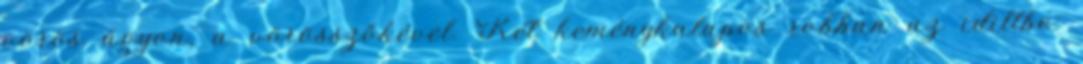
vörös ágyon, a vörösszőkével. Két keménykalapos robban az idillbe: